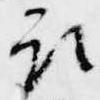
取